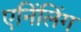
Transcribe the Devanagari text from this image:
एनिंलिंग